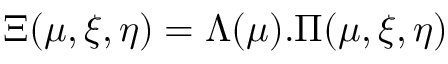
\Xi ( \mu , \xi , \eta ) = \Lambda ( \mu ) . \Pi ( \mu , \xi , \eta )